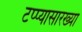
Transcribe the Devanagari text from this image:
टप्प्यासारख्या